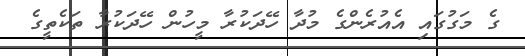
ގެ މަގުގައި އެއުރެންގެ މުދާ ހޭދަކުރާ މީހުން ހޭދަކުރާ ތަކެތީގެ